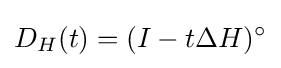
D_{H}(t)=(I-t\Delta H)^{\circ }